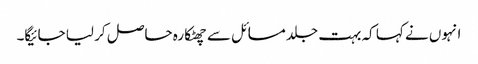
انہوں نے کہا کہ بہت جلد مسائل سے چھٹکارہ حاصل کر لیا جائیگا۔